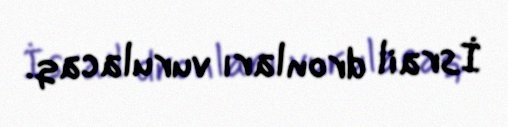
İsrail dronları vurulacaq.